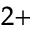
^ { 2 + }